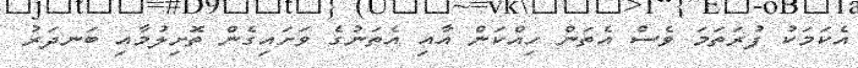
އެކަމަކު ފުރަތަމަ ވެސް އެތަން ހިއްކަން އާއި އެތަނުގެ ވަށައިގެން ތޮށިލުމާއި ބަނދަރު